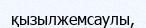
қызылжемсаулы,